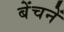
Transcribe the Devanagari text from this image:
बेंचनें